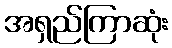
အရှည်ကြာဆုံး